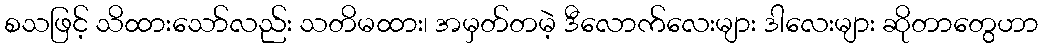
စသဖြင့် သိထားသော်လည်း သတိမထား၊ အမှတ်တမဲ့ ဒီလောက်လေးများ ဒါလေးများ ဆိုတာတွေဟာ